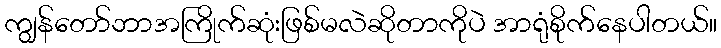
ကျွန်တော်ဘာအကြိုက်ဆုံးဖြစ်မလဲဆိုတာကိုပဲ အာရုံစိုက်နေပါတယ်။